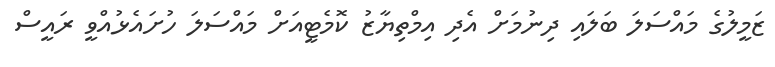
ޒަމީލުގެ މައްސަލަ ބަލައި ދިނުމަށް އެދި އިމްތިޔާޒު ކޮމެޓީއަށް މައްސަލަ ހުށައެޅުއްވީ ރައީސް